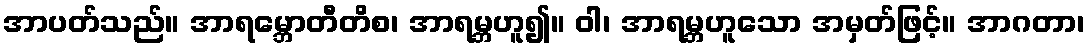
အာပတ်သည်။ အာရမ္ဘောတီတိစ၊ အာရမ္ဘဟူ၍။ ဝါ၊ အာရမ္ဘဟူသော အမှတ်ဖြင့်။ အာဂတာ၊